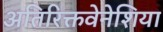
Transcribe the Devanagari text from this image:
अतिरिक्तवेनेशिया